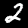
Digit: 2